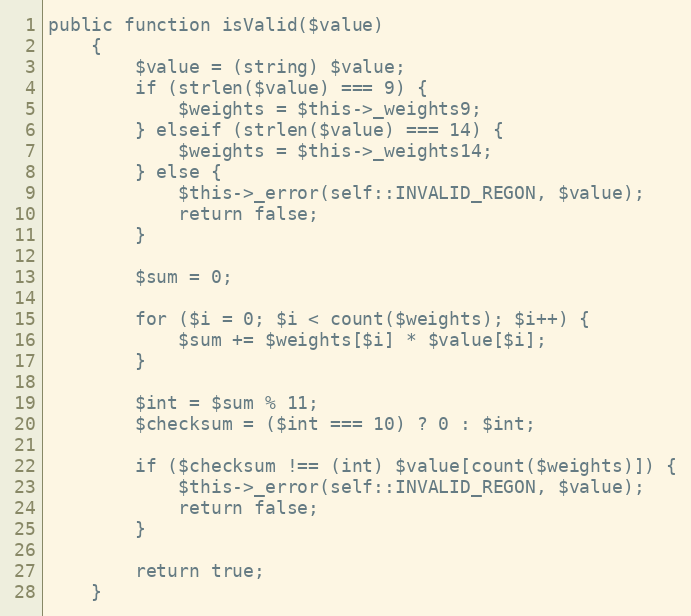
Language: PHP
public function isValid($value)
    {
        $value = (string) $value;
        if (strlen($value) === 9) {
            $weights = $this->_weights9;
        } elseif (strlen($value) === 14) {
            $weights = $this->_weights14;
        } else {
            $this->_error(self::INVALID_REGON, $value);
            return false;
        }

        $sum = 0;

        for ($i = 0; $i < count($weights); $i++) {
            $sum += $weights[$i] * $value[$i];
        }

        $int = $sum % 11;
        $checksum = ($int === 10) ? 0 : $int;

        if ($checksum !== (int) $value[count($weights)]) {
            $this->_error(self::INVALID_REGON, $value);
            return false;
        }

        return true;
    }